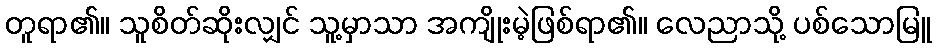
တူရာ၏။ သူစိတ်ဆိုးလျှင် သူ့မှာသာ အကျိုးမဲ့ဖြစ်ရာ၏။ လေညာသို့ ပစ်သောမြူ